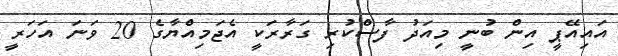
އައިއޭޕީ އިން ބުނީ މިއަދު ފާސްކުރި ގަރާރަކީ އެޖަމިއްޔާގެ 20 ވަނަ އަހަރީ